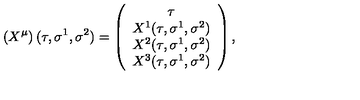
\left( X ^ { \mu } \right) ( \tau , \sigma ^ { 1 } , \sigma ^ { 2 } ) = \left( \begin{array} { c } { \tau } \\ { X ^ { 1 } ( \tau , \sigma ^ { 1 } , \sigma ^ { 2 } ) } \\ { X ^ { 2 } ( \tau , \sigma ^ { 1 } , \sigma ^ { 2 } ) } \\ { X ^ { 3 } ( \tau , \sigma ^ { 1 } , \sigma ^ { 2 } ) } \\ \end{array} \right) ,